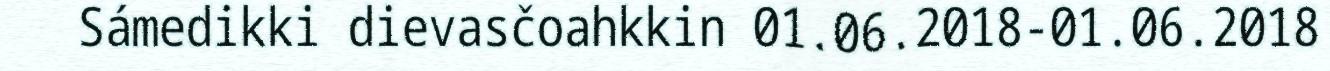
Sámedikki dievasčoahkkin 01.06.2018-01.06.2018